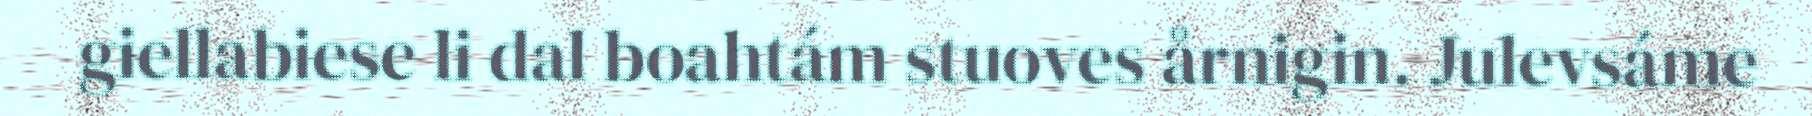
giellabiese li dal boahtám stuoves årnigin. Julevsáme